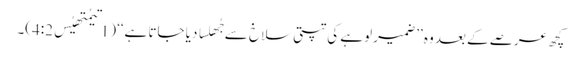
کچھ عرصے کے بعد وہ ’’ضمیر لوہے کی تپتی سلاخ سے جُھلسا دیا جاتا ہے‘‘ (1تیمُتھِیُس4:2)۔